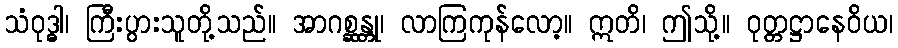
သံဝုဒ္ဓါ၊ ကြီးပွားသူတို့သည်။ အာဂစ္ဆန္တု၊ လာကြကုန်လော့။ ဣတိ၊ ဤသို့။ ဝုတ္တဋ္ဌာနေဝိယ၊